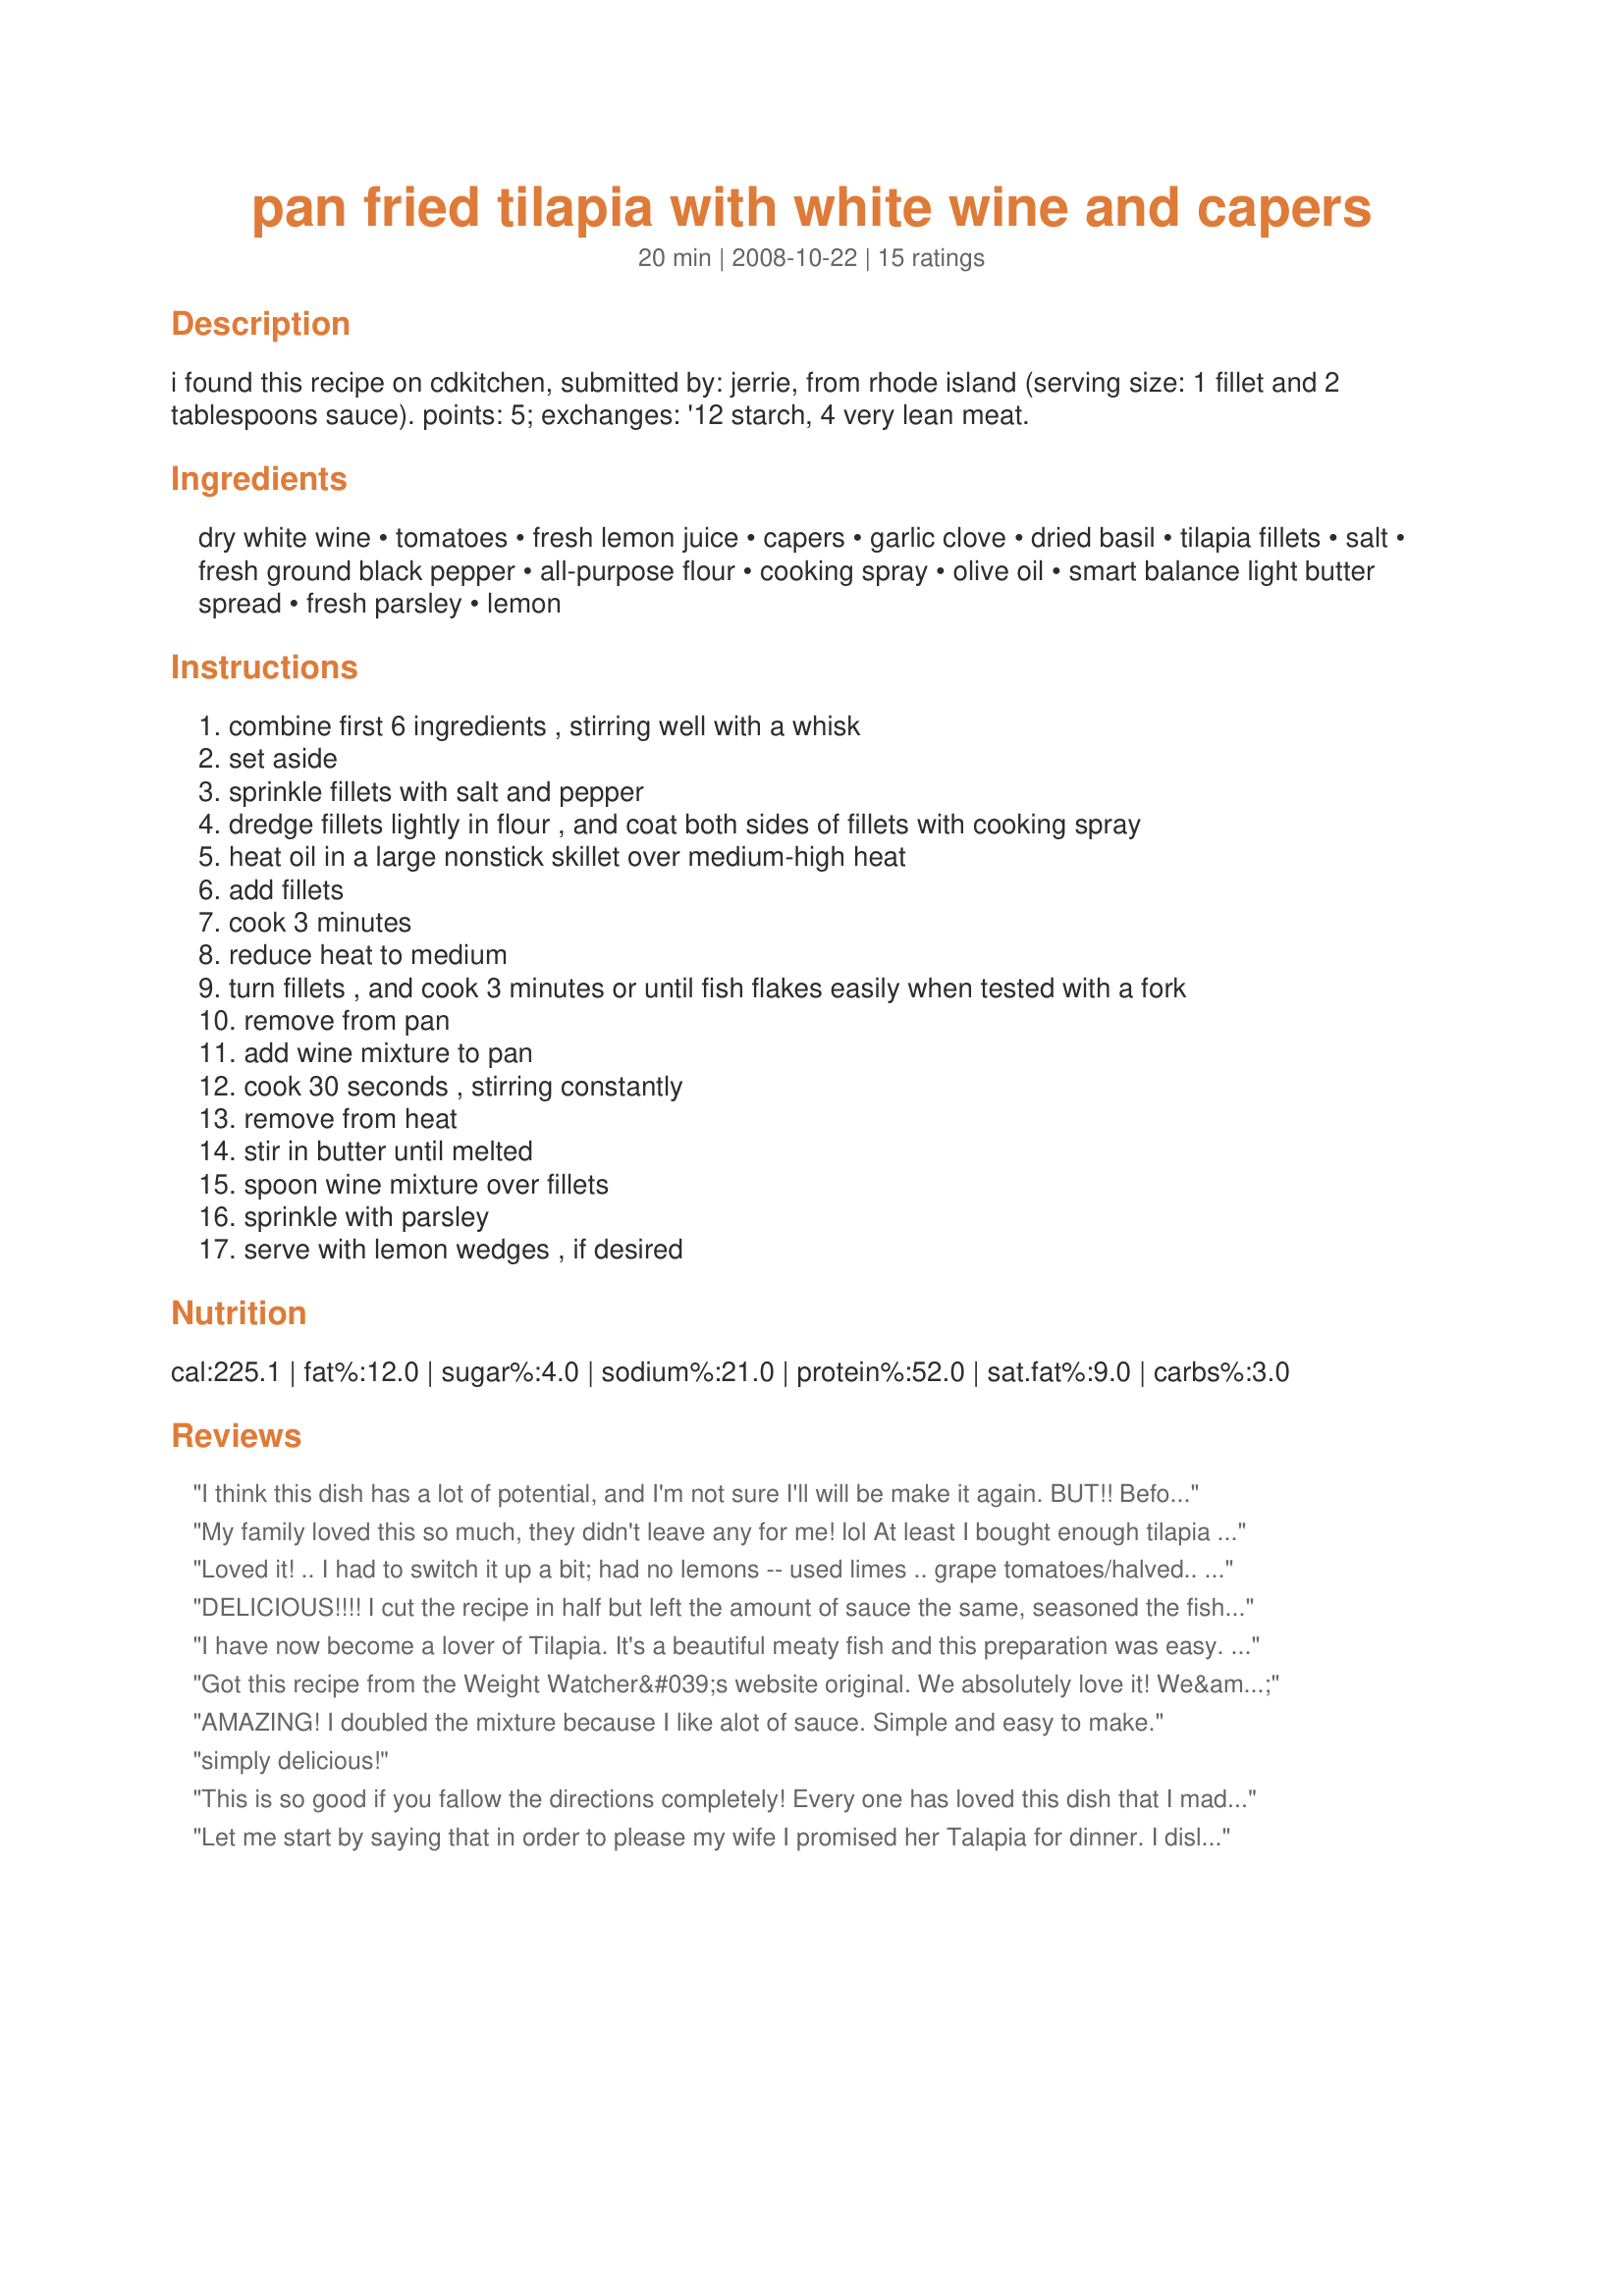
pan fried tilapia with white wine and capers
Preparation time: 20 minutes

i found this recipe on cdkitchen, submitted by: jerrie, from rhode island
(serving size: 1 fillet and 2 tablespoons sauce). points: 5; exchanges: '12 starch, 4 very lean meat.

Ingredients:
dry white wine, tomatoes, fresh lemon juice, capers, garlic clove, dried basil, tilapia fillets, salt, fresh ground black pepper, all-purpose flour, cooking spray, olive oil, smart balance light butter spread, fresh parsley, lemon

Steps:
combine first 6 ingredients , stirring well with a whisk
set aside
sprinkle fillets with salt and pepper
dredge fillets lightly in flour , and coat both sides of fillets with cooking spray
heat oil in a large nonstick skillet over medium-high heat
add fillets
cook 3 minutes
reduce heat to medium
turn fillets , and cook 3 minutes or until fish flakes easily when tested with a fork
remove from pan
add wine mixture to pan
cook 30 seconds , stirring constantly
remove from heat
stir in butter until melted
spoon wine mixture over fillets
sprinkle with parsley
serve with lemon wedges , if desired

Reviews:
I think this dish has a lot of potential, and I'm not sure I'll will be make it again. BUT!! Before attempting this again, I'll have to figure out what seasonings to use, by reading all of the review, and see that will work for others, and than for me, to make it more flavorful or lot better for me to do! Okay, after reading about a hundred posts on this recipe, I've taken all the suggestions and put them together to make an excellent, Both are delicious, it's a matter of what your taste is.
My family loved this so much, they didn't leave any for me! lol At least I bought enough tilapia to make it again...soon. Thanks for the great recipe.
Loved it! .. I had to switch it up a bit; had no lemons -- used limes .. grape tomatoes/halved.. plus sliced onion/red pepper flakes/Mrs Dash Lime Fiesta = Awesome -'Pops' w flavor! Served w/parmesian couscous topped with the sauce & cucumber salad. Quick & Easy..Nice Spring/Summer meal.
DELICIOUS!!!! I cut the recipe in half but left the amount of sauce the same, seasoned the fish with Mrs. Dash lime fiesta seasoning before flouring but otherwise followed the instructions. DH LOVED this dish. This is definately a keeper into my Favorites of 2012. Thank you for posting. Served with fresh spinach and cheesy orzo #61962 for a wonderful dinner. Made for Fall PAC 2012.
I have now become a lover of Tilapia. It's a beautiful meaty fish and this preparation was easy. It was fabulous and tasty and the kids will actually eat fish again!!
Got this recipe from the Weight Watcher&#039;s website original. We absolutely love it! We&#039;ve made it with tilapia, but we&#039;ve found we prefer it with hake loin. I usually double the sauce part and quadruple the amount of tomatoes and capers I use because we all love them. I also cook the tomatoes for about 5-10 minutes. I serve it over couscous. On a side note, I had it one night when a vegetarian friend was visiting. She ate it by mixing the sauce with the couscous and topping it with feta cheese. She thought it was amazing too.
AMAZING! I doubled the mixture because I like alot of sauce. Simple and easy to make.
simply delicious!
This is so good if you fallow the directions completely! Every one has loved this dish that I made it for. It's also pretty simple to make.
Let me start by saying that in order to please my wife I promised her Talapia for dinner. I disliked talapia very much until now. I have fish with capers and butter prior to this but never was able to create that taste at home. This is just an all around great recipe, even for someone who is not that fond of fish. Thank you for submitting. I cant wait to try it again with more people at the table.
Really wonderful! I doubled the sauce per others' recommendations. I also used halibut as the fish. Followed the recipe as stated and we LOVED it! Will absolutely make again!
My DH made this we loved it. The only change was the fish. We used haddock (what was on hand). Mt tomato hating DS even ate it right up. 
Thanks for the delish dish. We will make again.
I can't thank you enough for posting this recipe, other than adding some cayenne pepper to the breading flour and doubling the sauce (we really like sauce with our fish) I followed directions and this was a HUGE hit with all my family, even the little ones. Took this rather plain fish right over the top. Will be having this often
Absolutely delicious! I doubled the capers because we love them. Served this with parmesan couscous and a crisp salad. Fantastic. This is a make often dish in our house!
I got this from a friend and made it last night. FABULOUS. Light and very good. This goes in the keeper file for me.
